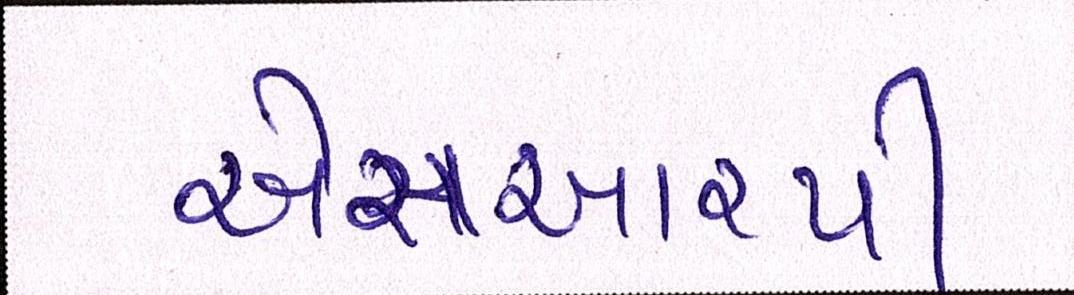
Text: એસઆરપી